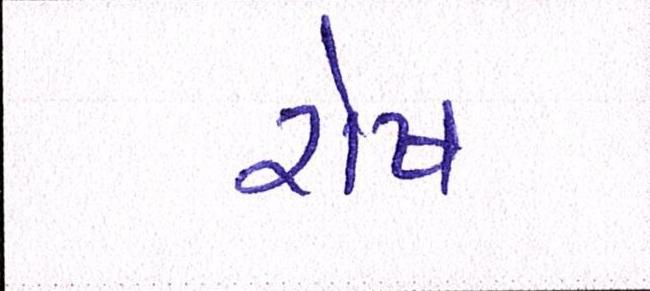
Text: રોષ